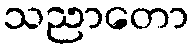
သညာတော